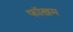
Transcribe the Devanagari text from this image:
फॉखम